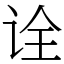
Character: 诠